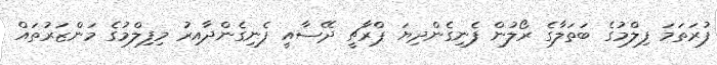
ފުރަތަމަ ފިލްމުގެ ބަތަލާގެ ރޯލުން ފެނިގެންދިޔަ ޕްރާޗީ ދޭސާއީ ފެނިގެންދާއިރު މިފިލްމުގެ މަންޒަރުތައް